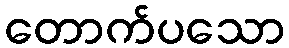
တောက်ပသော